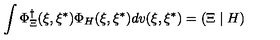
\int \Phi _ { \Xi } ^ { \dagger } ( \xi , \xi ^ { * } ) \Phi _ { H } ( \xi , \xi ^ { * } ) d v ( \xi , \xi ^ { * } ) = \left( \Xi \mid H \right)